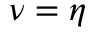
\nu = \eta